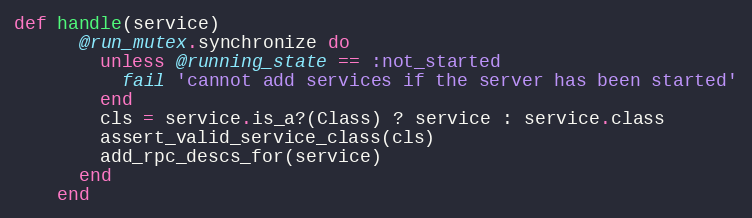
Language: Ruby
def handle(service)
      @run_mutex.synchronize do
        unless @running_state == :not_started
          fail 'cannot add services if the server has been started'
        end
        cls = service.is_a?(Class) ? service : service.class
        assert_valid_service_class(cls)
        add_rpc_descs_for(service)
      end
    end